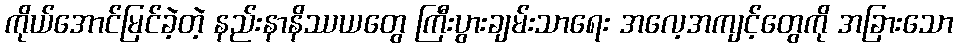
ကိုယ်အောင်မြင်ခဲ့တဲ့ နည်းနာနိဿယတွေ ကြီးပွားချမ်းသာရေး အလေ့အကျင့်တွေကို အခြားသော